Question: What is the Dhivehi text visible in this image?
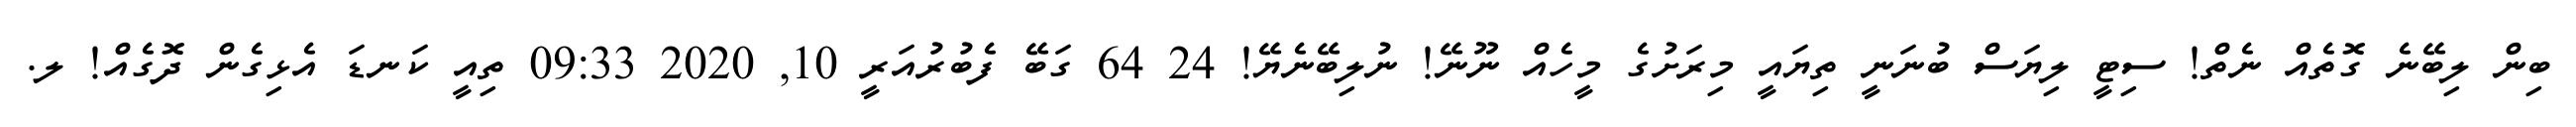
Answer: ބިން ލިބޭނެ ގޮތެއް ނެތް! ސިޓީ ލިޔަސް ބުނަނީ ތިޔައީ މިރަށުގެ މީހެއް ނޫނޭ! ނުލިބޭނެޔޭ! 24 64 ގަބޭ ފެބުރުއަރީ 10, 2020 09:33 ތިއީ ކަނޑަ އެޅިގެން ދޮގެއް! ލ.